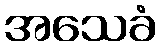
အသေခံ